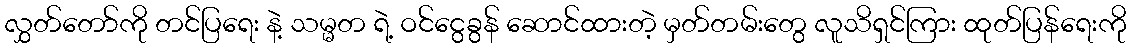
လွှတ်တော်ကို တင်ပြရေး နဲ့ သမ္မတ ရဲ့ ဝင်ငွေခွန် ဆောင်ထားတဲ့ မှတ်တမ်းတွေ လူသိရှင်ကြား ထုတ်ပြန်ရေးကို